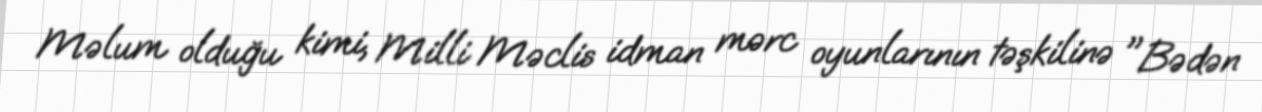
Məlum olduğu kimi, Milli Məclis idman mərc oyunlarının təşkilinə "Bədən